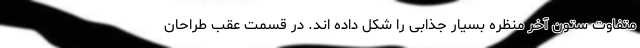
متفاوت ستون آخر منظره بسیار جذابی را شکل داده اند. در قسمت عقب طراحان